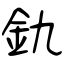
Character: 釚